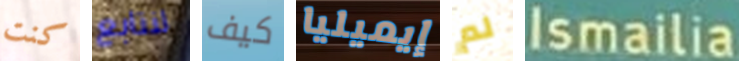
كنت لنتابع كيف إيميليا لم Ismailia